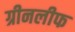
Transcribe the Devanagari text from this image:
ग्रीनलीफ